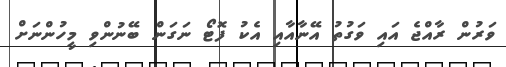
ވަރުން ރާއްޖެ އައި ވަގުތު އޭނާއާއި އެކު ފޮޓޯ ނަގަން ބޭނުންވި މީހުންނަށް